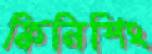
ফিনিশিং